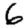
Digit: 6